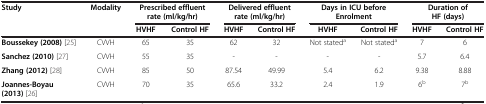
| <ROWSPAN=2> Study | <ROWSPAN=2> Modality | <COLSPAN=2> Prescribed effluent rate (ml/kg/hr) | <COLSPAN=2> Delivered effluent rate (ml/kg/hr) | <COLSPAN=2> Days in ICU before Enrolment | <COLSPAN=2> Duration of HF (days) |
 | HVHF | Control HF | HVHF | Control HF | HVHF | Control HF | HVHF | Control HF |
 | --- | --- | --- | --- | --- | --- | --- | --- | --- | --- |
 | Boussekey (2008)[25] | CVVH | 65 | 35 | 62 | 32 | Not stateda | Not stateda | 7 | 6 |
 | Sanchez (2010)[27] | CVVH | 55 | 35 | - | - | - | - | 5.7 | 6.4 |
 | Zhang (2012)[28] | CVVH | 85 | 50 | 87.54 | 49.99 | 5.4 | 6.2 | 9.38 | 8.88 |
 | Joannes-Boyau (2013)[26] | CVVH | 70 | 35 | 65.6 | 33.2 | 2.4 | 1.9 | 6b | 7b |